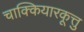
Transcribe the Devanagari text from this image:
चाक्कियारकूत्तु